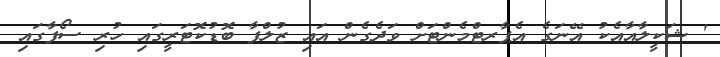
' ޝަކީލާއާއެކު އޭނަގެ އެޕާރޓްމެންޓަށް ވަދެގެން އައި ޒުލްފާ ބޮޑުކޮޓަރީގައި ހުރި ސޯފާގައި